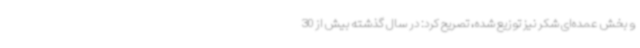
و بخش عمده‌ای شکر نیز توزیع شده، تصریح کرد: در سال گذشته بیش از 30